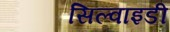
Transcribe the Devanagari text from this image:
सिल्वाइडी